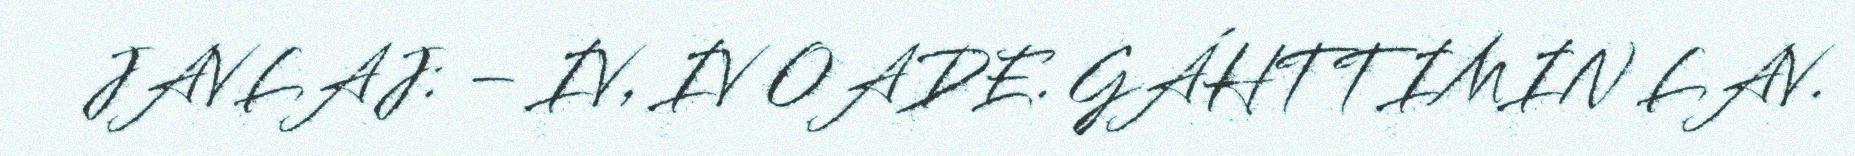
JAVLAJ: – IV, IV OADE. GÁHTTIMIN LAV.